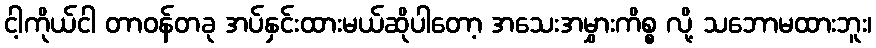
ငါ့ကိုယ်ငါ တာဝန်တခု အပ်နှင်းထားမယ်ဆိုပါတော့ အသေးအမွှားကိစ္စ လို့ သဘောမထားဘူး၊